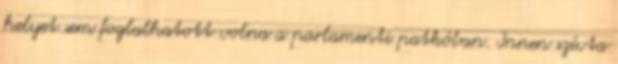
helyet sem foglalhatott volna a parlamenti patkóban. Innen szívta